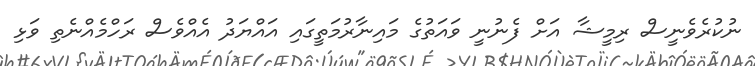
ނުކުރެވެނީސް ރިމީޝާ އަށް ފެނުނީ ވައަތުގެ މައިނާރުމަތީގައި އައްޔަދު އެއްވެސް ރަހްމެއްނެތި ވަޅި